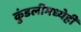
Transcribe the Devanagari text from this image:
कुंडलीमध्येही